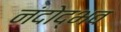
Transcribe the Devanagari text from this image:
नंदोद्भव